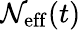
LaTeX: \mathcal{N}_{\mathrm{{eff}}}(t)